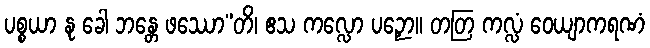
ပစ္စယာ နု ခေါ ဘန္တေ ဖဿော”တိ၊ ဧသ ကလ္လော ပဉှော။ တတြ ကလ္လံ ဝေယျာကရဏံ